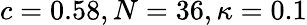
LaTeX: c=0.58,N=36,\kappa=0.1